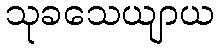
သုခသေယျာယ